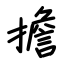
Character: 擔